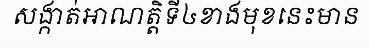
សង្កាត់អាណត្តិទី៤ខាងមុខនេះមាន